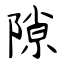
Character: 隙